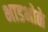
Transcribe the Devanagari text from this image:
भाडभोळे